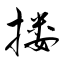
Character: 搂